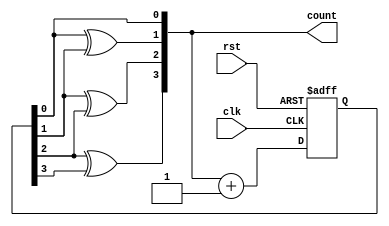
module gray_counter(
    input wire clk,  // clock signal
    input wire rst,  // asynchronous reset
    output reg [3:0] count  // Gray code counter output
);

reg [3:0] next_count;

always @(posedge clk or posedge rst) begin
    if (rst) begin
        next_count <= 4'b0000;  // initialize to 0 in Gray code
    end else begin
        next_count <= count + 4'b0001;  // increment count in Gray code
    end
end

// Gray code generation
assign count[0] = next_count[0];
assign count[1] = next_count[0] ^ next_count[1];
assign count[2] = next_count[1] ^ next_count[2];
assign count[3] = next_count[2] ^ next_count[3];

endmodule